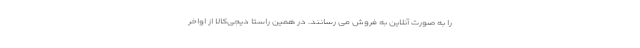
را به صورت آنلاین به فروش می رسانند. در همین راستا دیجی‌کالا از اواخر